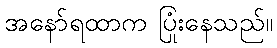
အနော်ရထာက ပြုံးနေသည်။